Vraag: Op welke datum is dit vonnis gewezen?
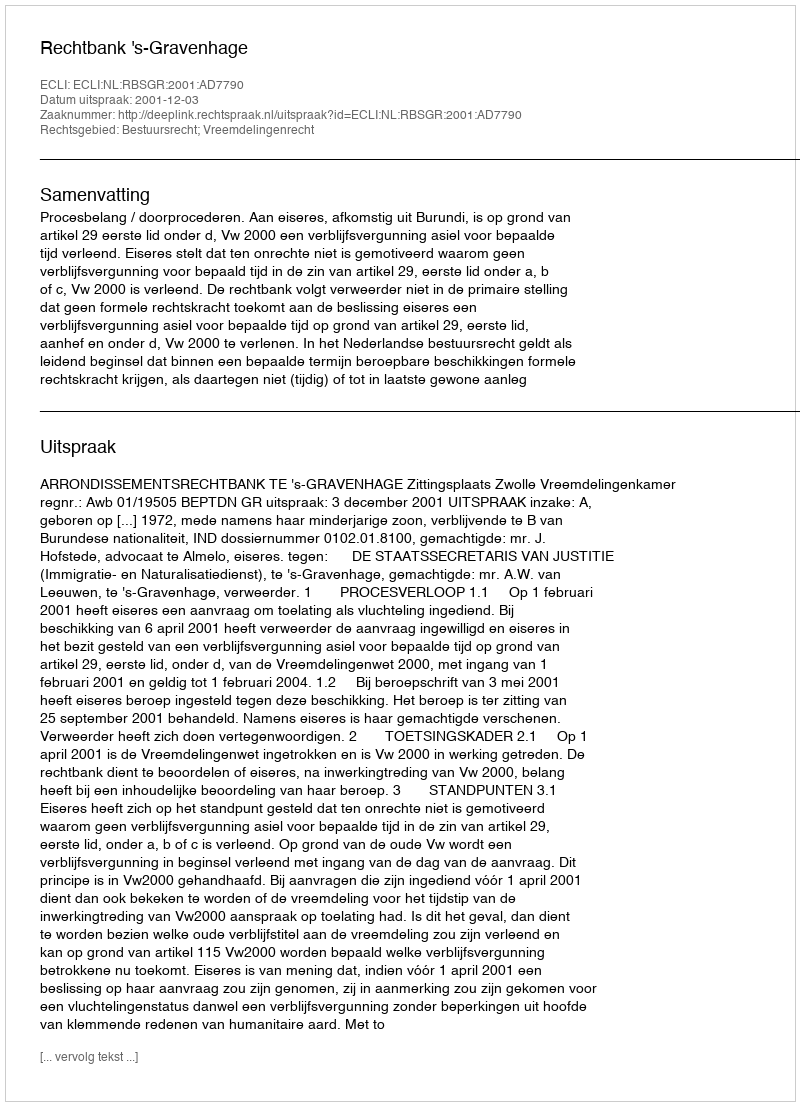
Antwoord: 2001-12-03